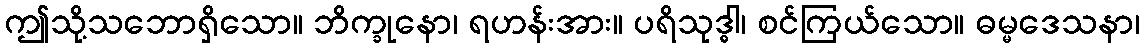
ဤသို့သဘောရှိသော။ ဘိက္ခုနော၊ ရဟန်းအား။ ပရိသုဒ္ဓါ၊ စင်ကြယ်သော။ ဓမ္မဒေသနာ၊